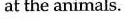
at the animals.